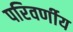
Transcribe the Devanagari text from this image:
परिवर्णीय